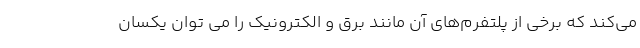
می‌کند که برخی از پلتفرم‌های آن مانند برق و الکترونیک را می توان یکسان